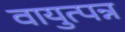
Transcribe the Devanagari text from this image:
वायुत्पन्न